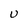
Character: U